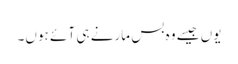
یوں جیسے وہ بس مارنے ہی آ ئے ہوں۔